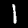
Digit: 1